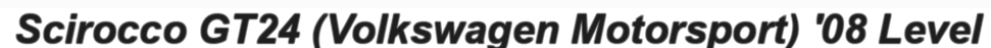
Scirocco GT24 (Volkswagen Motorsport) '08 Level